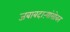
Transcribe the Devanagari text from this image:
जबाबदाऱ्यांसोबत